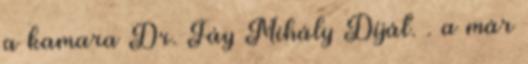
a kamara Dr. Fáy Mihály Díját. . a már